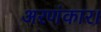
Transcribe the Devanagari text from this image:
अरणंकार।